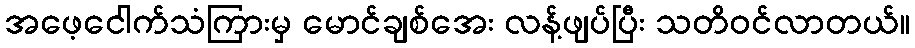
အဖေ့ငေါက်သံကြားမှ မောင်ချစ်အေး လန့်ဖျပ်ပြီး သတိဝင်လာတယ်။